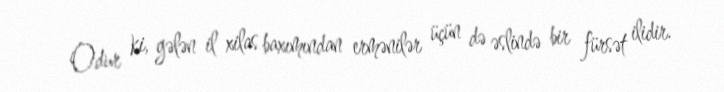
Odur ki, gələn il xilas baxımından ermənilər üçün də əslində bir fürsət ilidir.